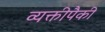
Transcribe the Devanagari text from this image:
व्यक्तीपैकी